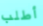
أطلب